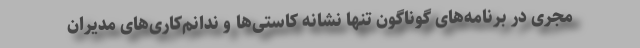
مجری در برنامه‌های گوناگون تنها نشانه کاستی‌ها و ندانم‌کاری‌های مدیران